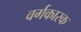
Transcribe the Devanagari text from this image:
वर्गकारक